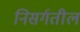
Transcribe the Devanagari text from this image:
निसर्गतील